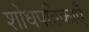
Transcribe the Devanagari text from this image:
शोधपत्रिकाएँ